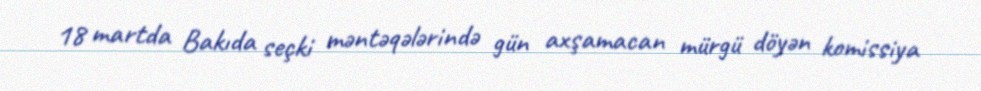
18 martda Bakıda seçki məntəqələrində gün axşamacan mürgü döyən komissiya